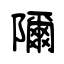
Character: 隬